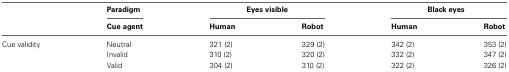
<table><thead><tr><td></td><td><b>Paradigm</b></td><td colspan="2"><b>Eyes visible</b></td><td colspan="2"><b>Black eyes</b></td></tr><tr><td></td><td><b>Cue agent</b></td><td><b>Human</b></td><td><b>Robot</b></td><td><b>Human</b></td><td><b>Robot</b></td></tr></thead><tbody><tr><td>Cue validity</td><td>Neutral</td><td>321 (2)</td><td>329 (2)</td><td>342 (2)</td><td>353 (2)</td></tr><tr><td></td><td>Invalid</td><td>310 (2)</td><td>320 (2)</td><td>332 (2)</td><td>347 (2)</td></tr><tr><td></td><td>Valid</td><td>304 (2)</td><td>310 (2)</td><td>322 (2)</td><td>326 (2)</td></tr></tbody></table>